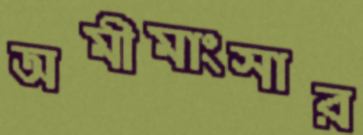
অমীমাংসার